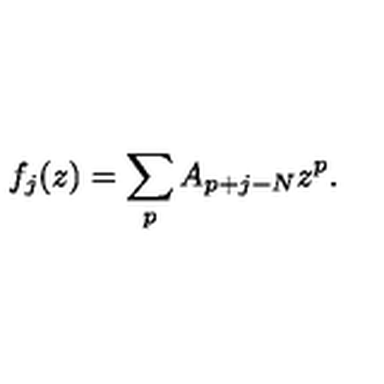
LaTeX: f _ { j } ( z ) = \sum _ { p } A _ { p + j - N } z ^ { p } .